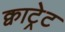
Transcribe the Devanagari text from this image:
क्वाट्रेट